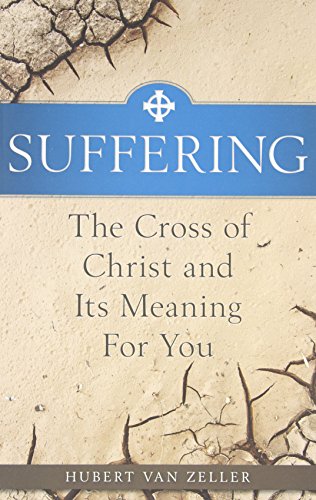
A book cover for Suffering: The Catholic Answer: The Cross of Christ and Its Meaning for You; Hubert van Zeller; Self-Help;